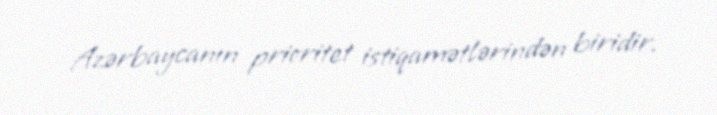
Azərbaycanın prioritet istiqamətlərindən biridir.